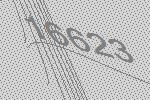
16623